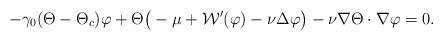
LaTeX: \begin{align*}- \gamma_0 (\Theta - \Theta_c) \varphi+ \Theta \big( - \mu + \mathcal{W}'(\varphi) - \nu \Delta \varphi \big)- \nu \nabla \Theta \cdot \nabla \varphi = 0.\end{align*}